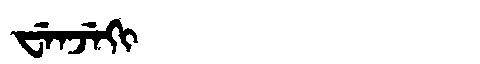
Manchu: ᠸᡝᠨᠵᡝᡴᡳ
Romanization: WENJEKI